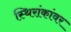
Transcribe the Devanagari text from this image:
स्थिरांकांवर